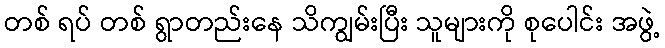
တစ် ရပ် တစ် ရွာတည်းနေ သိကျွမ်းပြီး သူများကို စုပေါင်း အဖွဲ့